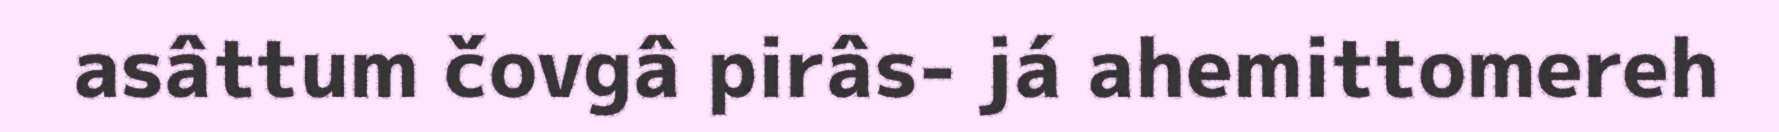
asâttum čovgâ pirâs- já ahemittomereh